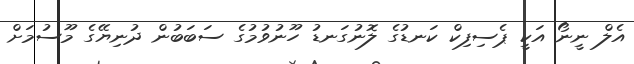
އެލް ނީނޯ އަކީ ޕެސިފިކް ކަނޑުގެ ލޮނުގަނޑު ހޫނުވުމުގެ ސަބަބުން ދުނިޔޭގެ މޫސުމަށް